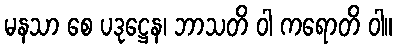
မနသာ စေ ပဒုဋ္ဌေန၊ ဘာသတိ ဝါ ကရောတိ ဝါ။